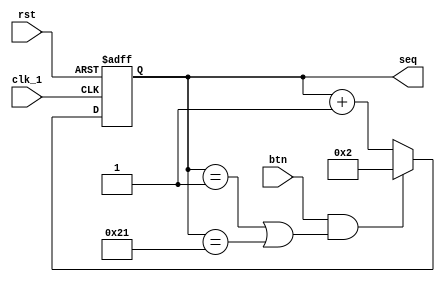
module control(
    input               clk_1,      // input clock@1Hz1Hz
                        rst,        // reset BTN0 
                        btn,        // button BTN7 
    output  reg [5:0]   seq         // sequence 
);

always @(negedge clk_1 or posedge rst)
    if (rst)
        seq <=  6'd0;           // 
    else if (btn && (seq == 6'd1 || seq == 6'd33))
        seq <=  6'd2;           // 
    else
        seq <=  seq + 6'd1;     // 1
endmodule // control